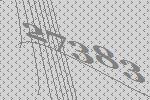
27383